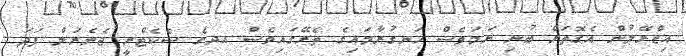
އިޒްރޭލުން އެގޮތަށް ބުނި ނަމަވެސް ހަނގުރާމައިގެ ތެރޭގައިވެސް އދގެ ސެކެޓްރީ ޖެނެރަލް ފަދަ